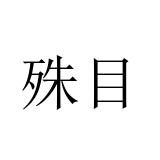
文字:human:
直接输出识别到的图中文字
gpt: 殊目